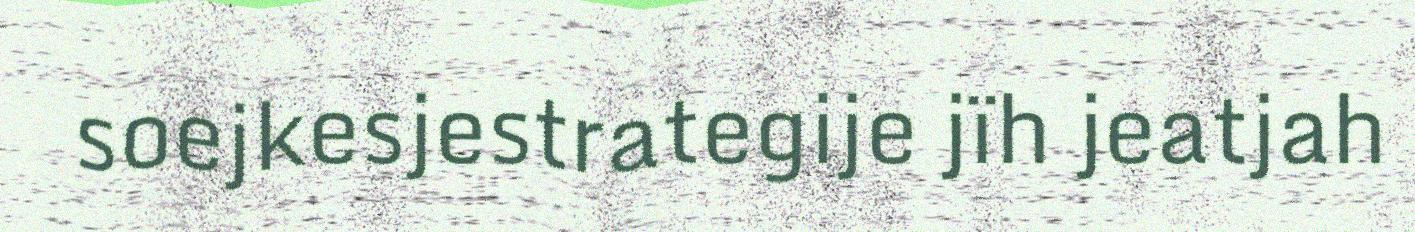
soejkesjestrategije jïh jeatjah